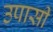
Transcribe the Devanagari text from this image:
उपासी